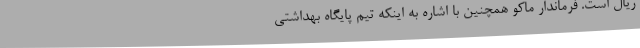
ریال است. فرماندار ماکو همچنین با اشاره به اینکه تیم پایگاه بهداشتی